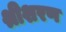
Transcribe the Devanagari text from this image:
श्रीशरण